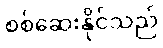
စစ်ဆေးနိုင်သည်